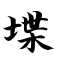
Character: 堞